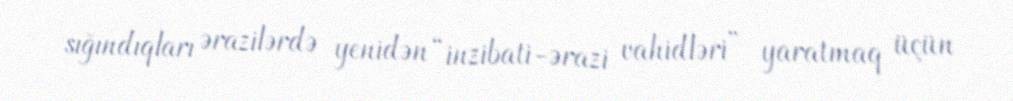
sığındıqları ərazilərdə yenidən “inzibati-ərazi vahidləri” yaratmaq üçün